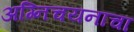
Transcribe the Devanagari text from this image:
अग्निचयनाचा